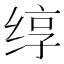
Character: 𬘯